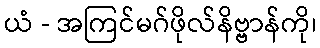
ယံ - အကြင်မဂ်ဖိုလ်နိဗ္ဗာန်ကို၊